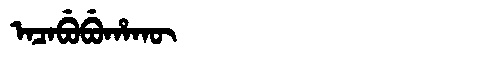
Manchu: ᠠᠴᠠᠪᡠᠪᡠᡥᠠᡴᡡ
Romanization: ACABUBUHAKŪ